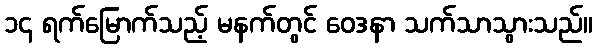
၁၄ ရက်မြောက်သည့် မနက်တွင် ဝေဒနာ သက်သာသွားသည်။